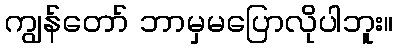
ကျွန်တော် ဘာမှမပြောလိုပါဘူး။